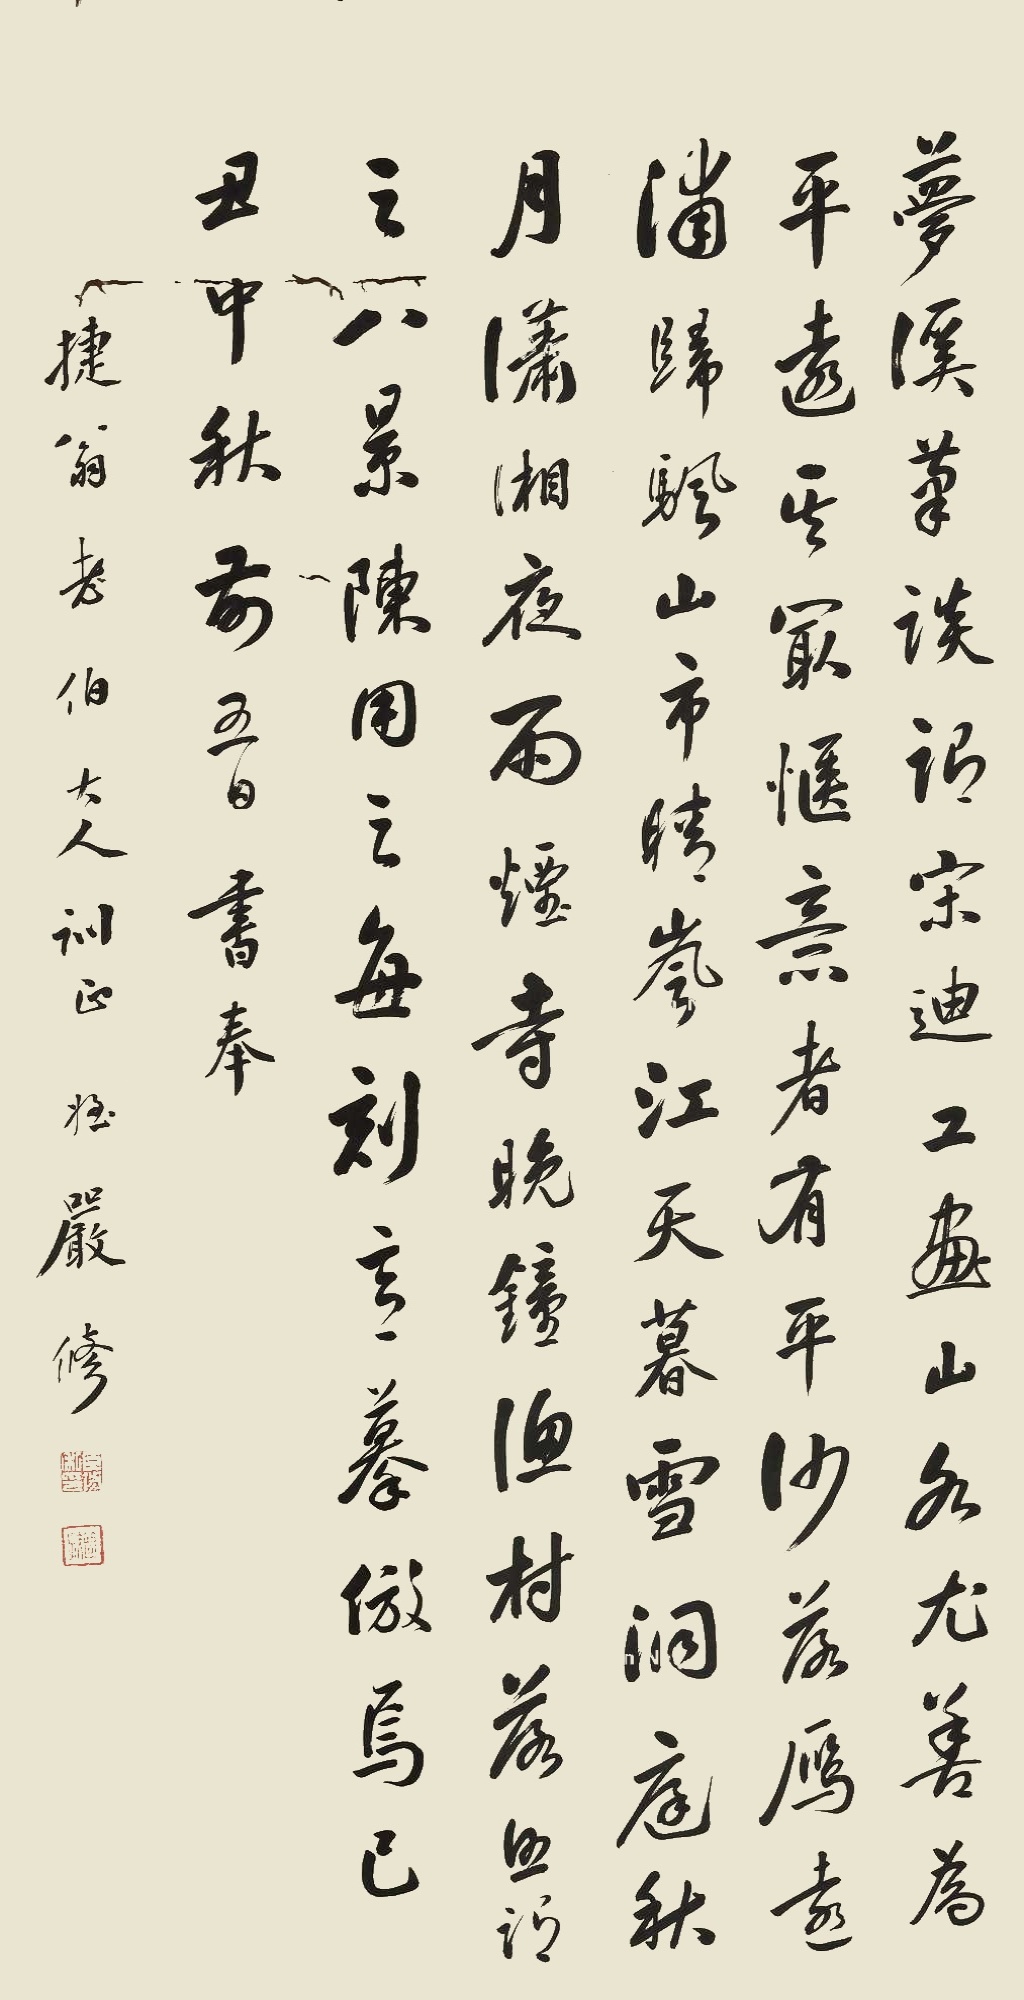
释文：梦溪笔谈谓宋迪工画山水，尤善为平远，其最惬意者，有平沙落雁、远浦归帆、山市晴岚、江天暮雪、洞庭秋月、潇湘夜雨、烟寺晚钟、渔村落照，谓之八景，陈用之每刻意摹仿焉。己丑中秋前五日，书奉捷翁老伯大人训正，侄严修。